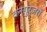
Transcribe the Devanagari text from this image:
वनगुर्जरों